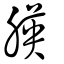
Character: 朠